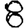
Digit: 8